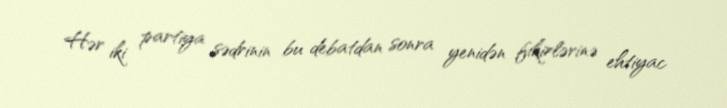
Hər iki partiya sədrinin bu debatdan sonra yenidən fikirlərinə ehtiyac